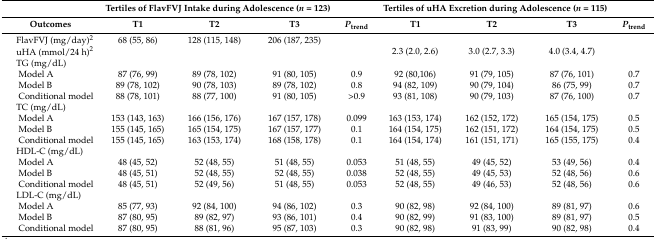
<table><thead><tr><td></td><td colspan="3"><b>Tertiles of FlavFVJ Intake during Adolescence (<i>n</i> = 123)</b></td><td></td><td colspan="3"><b>Tertiles of uHA Excretion during Adolescence (<i>n</i> = 115)</b></td><td></td></tr><tr><td><b>Outcomes</b></td><td><b>T1</b></td><td><b>T2</b></td><td><b>T3</b></td><td><b><i>P</i><sub>trend</sub></b></td><td><b>T1</b></td><td><b>T2</b></td><td><b>T3</b></td><td><b><i>P</i><sub>trend</sub></b></td></tr></thead><tbody><tr><td> FlavFVJ (mg/day)<sup>2</sup></td><td>68 (55, 86)</td><td>128 (115, 148)</td><td>206 (187, 235)</td><td></td><td></td><td></td><td></td><td></td></tr><tr><td> uHA (mmol/24 h)<sup>2</sup></td><td></td><td></td><td></td><td></td><td>2.3 (2.0, 2.6)</td><td>3.0 (2.7, 3.3)</td><td>4.0 (3.4, 4.7)</td><td></td></tr><tr><td> TG (mg/dL)</td><td></td><td></td><td></td><td></td><td></td><td></td><td></td><td></td></tr><tr><td>Model A</td><td>87 (76, 99)</td><td>89 (78, 102)</td><td>91 (80, 105)</td><td>0.9</td><td>92 (80,106)</td><td>91 (79, 105)</td><td>87 (76, 101)</td><td>0.7</td></tr><tr><td>Model B</td><td>89 (78, 102)</td><td>90 (78, 103)</td><td>89 (78, 102)</td><td>0.8</td><td>94 (82, 109)</td><td>90 (79, 104)</td><td>86 (75, 99)</td><td>0.7</td></tr><tr><td>Conditional model</td><td>88 (78, 101)</td><td>88 (77, 100)</td><td>91 (80, 105)</td><td>&gt;0.9</td><td>93 (81, 108)</td><td>90 (79, 103)</td><td>87 (76, 100)</td><td>0.7</td></tr><tr><td> TC (mg/dL)</td><td></td><td></td><td></td><td></td><td></td><td></td><td></td><td></td></tr><tr><td>Model A</td><td>153 (143, 163)</td><td>166 (156, 176)</td><td>167 (157, 178)</td><td>0.099</td><td>163 (153, 174)</td><td>162 (152, 172)</td><td>165 (154, 175)</td><td>0.5</td></tr><tr><td>Model B</td><td>155 (145, 165)</td><td>165 (154, 175)</td><td>167 (157, 177)</td><td>0.1</td><td>164 (154, 175)</td><td>162 (151, 172)</td><td>164 (154, 175)</td><td>0.5</td></tr><tr><td>Conditional model</td><td>155 (145, 165)</td><td>163 (153, 174)</td><td>168 (158, 178)</td><td>0.1</td><td>164 (154, 174)</td><td>161 (151, 171)</td><td>165 (155, 175)</td><td>0.4</td></tr><tr><td> HDL-C (mg/dL)</td><td></td><td></td><td></td><td></td><td></td><td></td><td></td><td></td></tr><tr><td>Model A</td><td>48 (45, 52)</td><td>52 (48, 55)</td><td>51 (48, 55)</td><td>0.053</td><td>51 (48, 55)</td><td>49 (45, 52)</td><td>53 (49, 56)</td><td>0.4</td></tr><tr><td>Model B</td><td>48 (45, 51)</td><td>52 (48, 55)</td><td>52 (48, 55)</td><td>0.038</td><td>52 (48, 55)</td><td>49 (45, 53)</td><td>52 (48, 56)</td><td>0.6</td></tr><tr><td>Conditional model</td><td>48 (45, 51)</td><td>52 (49, 56)</td><td>51 (48, 55)</td><td>0.053</td><td>52 (48, 55)</td><td>49 (46, 53)</td><td>52 (48, 56)</td><td>0.6</td></tr><tr><td> LDL-C (mg/dL)</td><td></td><td></td><td></td><td></td><td></td><td></td><td></td><td></td></tr><tr><td>Model A</td><td>85 (77, 93)</td><td>92 (84, 100)</td><td>94 (86, 102)</td><td>0.3</td><td>90 (82, 98)</td><td>92 (84, 100)</td><td>89 (81, 97)</td><td>0.6</td></tr><tr><td>Model B</td><td>87 (80, 95)</td><td>89 (82, 97)</td><td>93 (86, 101)</td><td>0.4</td><td>90 (82, 99)</td><td>91 (83, 100)</td><td>89 (81, 97)</td><td>0.5</td></tr><tr><td>Conditional model</td><td>87 (80, 95)</td><td>88 (81, 96)</td><td>95 (87, 103)</td><td>0.3</td><td>90 (82, 98)</td><td>91 (83, 99)</td><td>90 (82, 98)</td><td>0.4</td></tr></tbody></table>